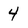
Character: 4